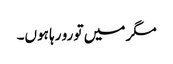
مگر میں تو رو رہا ہوں۔